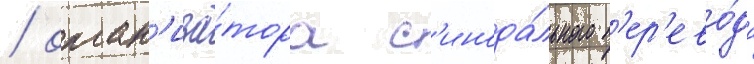
/ орган'иза́тора с'инода́льного п'ер'ево́да